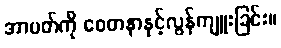
အာပတ်ကို စေတနာနှင့်လွန်ကျူးခြင်း။